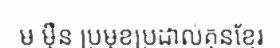
ម ម៉ឺន ប្រមុខប្រដាល់គុនខ្មែរ